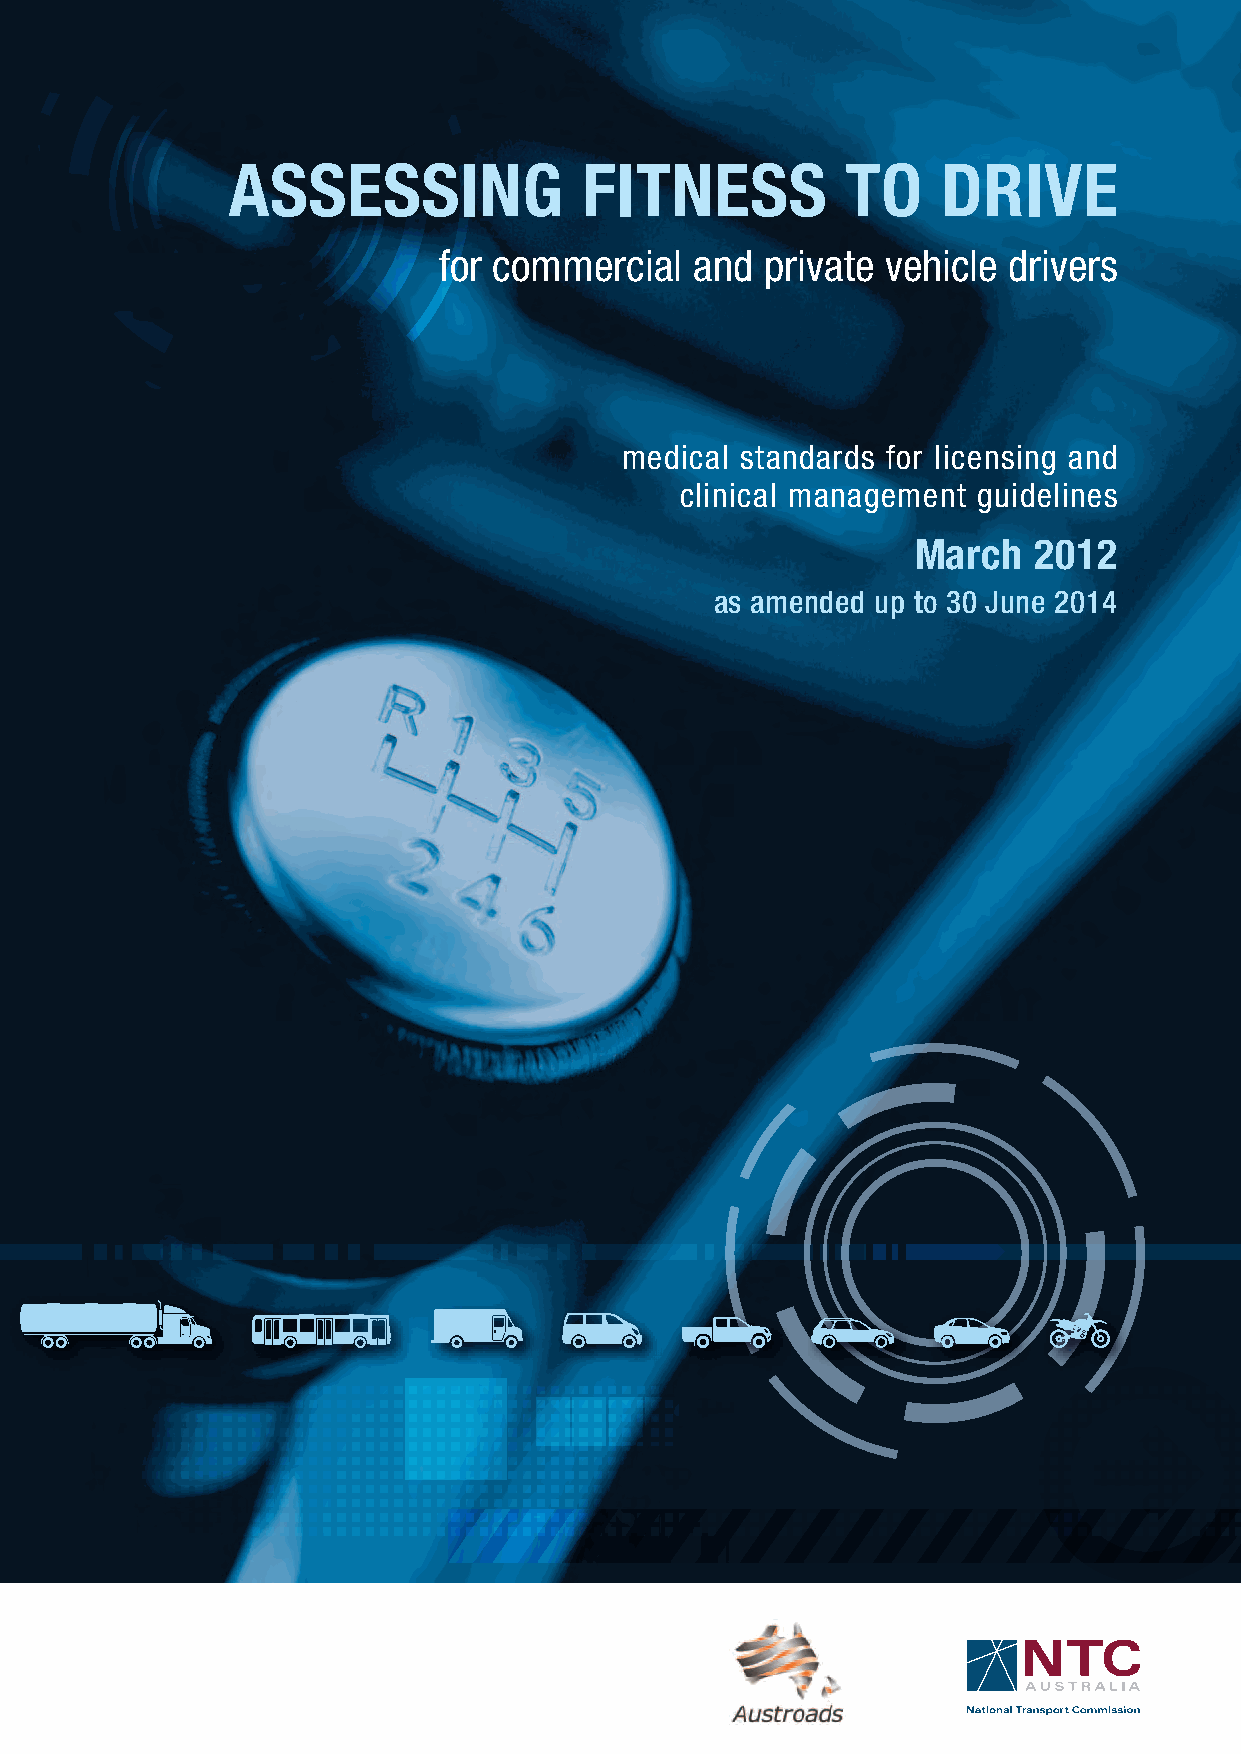
assessing              fitness           to    drive
 for commercial   and private vehicle  drivers
 medical standards for licensing and
 clinical management guidelines
 March   2012
 as amended up to 30 June 2014
 AuSTroADS
 SuITE 2, LEVEL 9, 287 ELIzAbETH STrEET
 SYDNEY NSW 2000 AuSTrALIA
 PHoNE: +61 2 9264 7088
 WWW.AuSTroADS.CoM.Au
 assessing
 fitness
 to
 drive
 for
 CoMMErCIAL
 AND
 PrIVATE
 VEHICLE
 DrIVErS
 March
 2012